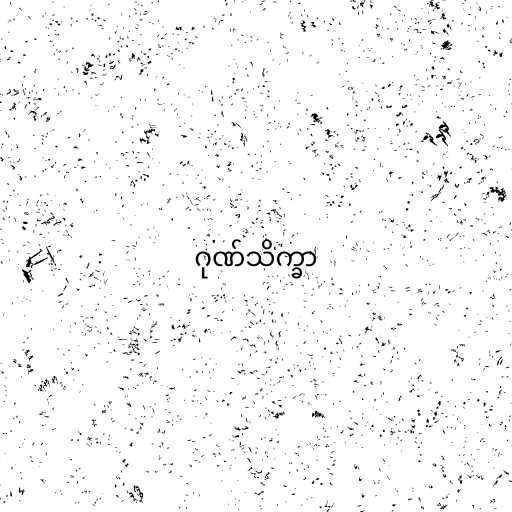
ဂုဏ်သိက္ခာ